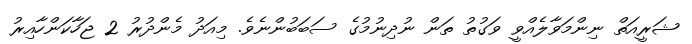
ޝަރީއަތް ނިންމަވާލެއްވީ ވަގުތު ތަން ނުދިނުމުގެ ސަބަބުންނެވެ. މިއަދު މެންދުރު 2 ޖަހާކަންހާއިރު